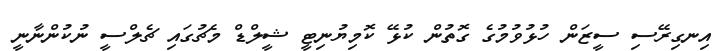
އިނގިރޭސި ސީޒަން ހުޅުވުމުގެ ގޮތުން ކުޅޭ ކޮމިޔުނިޓީ ޝީލްޑް މެޗުގައި ޗެލްސީ ނުކުންނާނީ